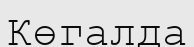
Көгалда